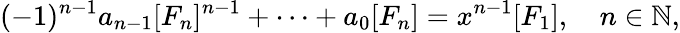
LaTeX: (-1)^{n-1}a_{n-1}[F_{n}]^{n-1}+\dots+a_{0}[F_{n}]=x^{n-1}[F_{1}],\quad n\in\mathbb N,